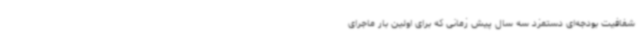
شفافیت بودجه‌ای دستمزد سه سال پیش زمانی که برای اولین بار ماجرای